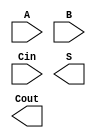

module adder (A, B, Cin, S, Cout);

input  A, B, Cin;
output S, Cout;

`ifdef DATAFLOW_LEVEL1
assign S    = A ^ B ^ Cin;
assign Cout = (A & B) | (A & Cin) | (B & Cin); 

`elsif GATE_LEVEL
xor x0(S, A, B, Cin);

wire w0, w1, w2;
and a0(w0, A, B);
and a1(w1, A, Cin);
and a2(w2, B, Cin);

or o0(Cout, w0, w1, w2);

`endif

endmodule